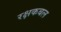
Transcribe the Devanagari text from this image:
रक्षकबल